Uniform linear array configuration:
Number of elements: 32
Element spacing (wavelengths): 0.5
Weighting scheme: uniform
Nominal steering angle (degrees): -15
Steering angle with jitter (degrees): -13.106
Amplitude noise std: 0.05
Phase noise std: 0.05

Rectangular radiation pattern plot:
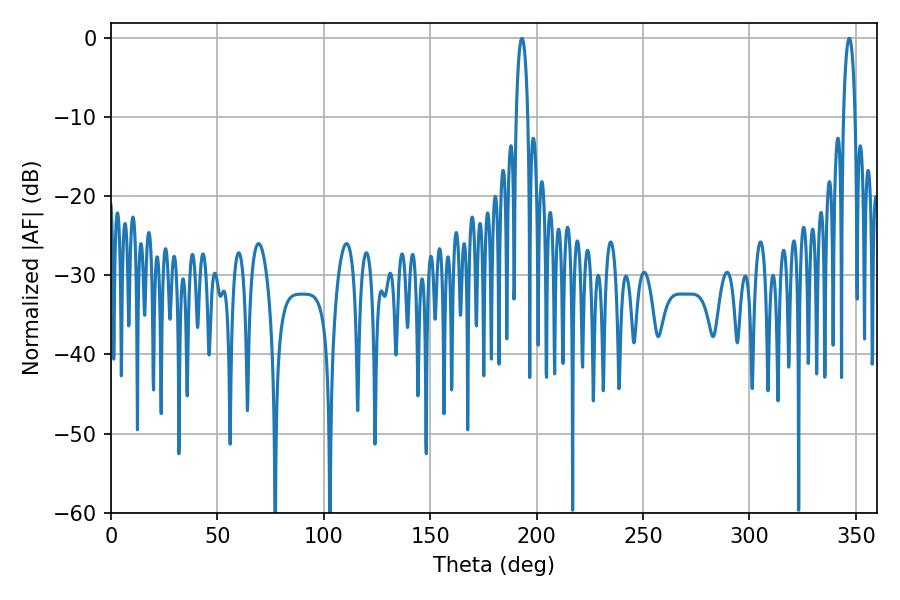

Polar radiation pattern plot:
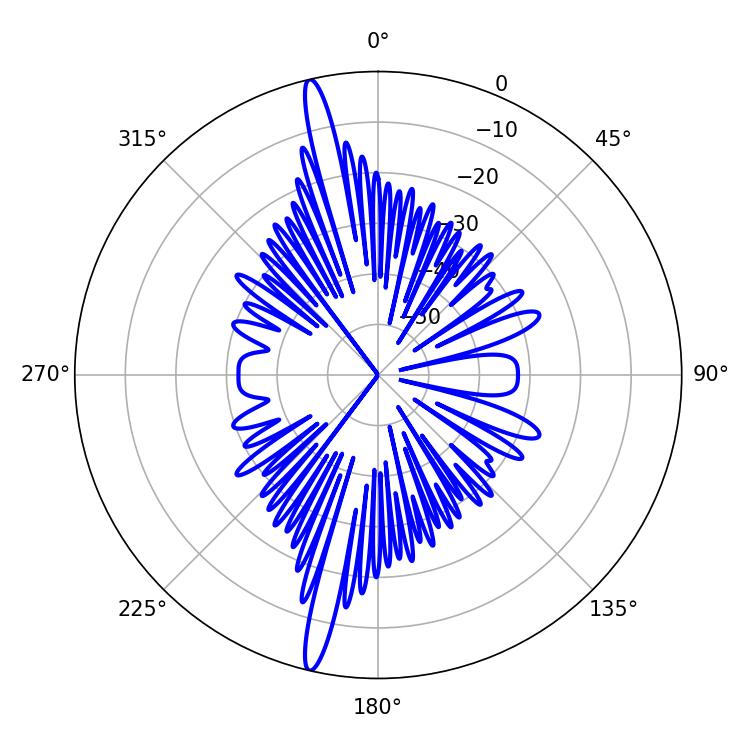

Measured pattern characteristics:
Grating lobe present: FALSE
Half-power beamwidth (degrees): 3.06
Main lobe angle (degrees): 193.14